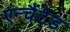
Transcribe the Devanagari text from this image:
एन्चैंटेड